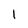
Character: 1